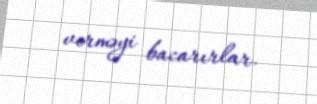
verməyi bacarırlar.